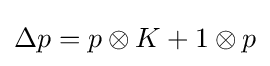
\Delta p=p\otimes K+1\otimes p